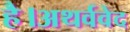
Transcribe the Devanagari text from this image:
है।अथर्ववेद